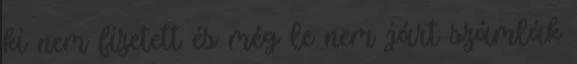
ki nem fizetett és még le nem járt számlák